Indian journal of veterinary science and animal husbandry - Volume 13,
Year: 1943
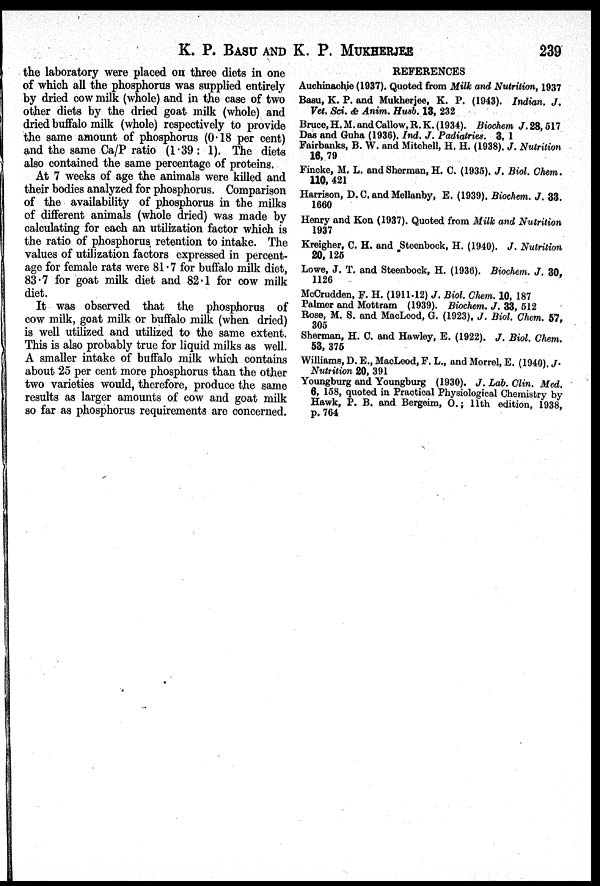
K. P. BASU AND K. P.
MUKHERJEE
239
the laboratory were placed on three diets in one
of which all the phosphorus was supplied entirely
by dried cow milk (whole) and in the case of two
other diets by the dried goat milk (whole) and
dried buffalo milk (whole) respectively to provide
the same amount of phosphorus (0.18 per cent)
and the same Ca/P ratio (1.39 : 1). The diets
also contained the same percentage of proteins.
At 7 weeks of age the animals were killed and
their bodies analyzed for phosphorus. Comparison
of the availability of phosphorus in the milks
of different animals (whole dried) was made by
calculating for each an utilization factor which is
the ratio of phosphorus retention to intake. The
values of utilization factors expressed in percent-
age for female rats were 81.7 for buffalo milk diet,
83.7 for goat milk diet and 82.1 for cow milk
diet.
It was observed that the phosphorus of
cow milk, goat milk or buffalo milk (when dried)
is well utilized and utilized to the same extent.
This is also probably true for liquid milks as well.
A smaller intake of buffalo milk which contains
about 25 per cent more phosphorus than the other
two varieties would, therefore, produce the same
results as larger amounts of cow and goat milk
so far as phosphorus requirements are concerned.
REFERENCES
Auchinachie (1937). Quoted from Milk and Nutrition, 1937
Basu, K. P. and Mukherjee, K. P. (1943). Indian. J.
Vet. Sci. & Anim. Husb. 13, 232
Bruce,H.M.and Callow, R. K.(1934). Biochem J.28, 517
Das and Guha (1936). Ind. J. Padiatries. 3, 1
Fairbanks, B. W. and Mitchell, H. H. (1938). J. Nutrition
16, 79
Fincke, M. L. and Sherman, H. C. (1935). J. Biol. Chem.
110, 421
Harrison, D. C. and Mellanby, E. (1939). Biochem. J. 33.
1660
Henry and Kon (1937). Quoted from Milk and Nutrition
1937
Kreigher, C. H. and Steenbock, H. (1940). J. Nutrition
20, 125
Lowe, J. T. and Steenbock, H. (1936). Biochem. J. 30,
1126
McCrudden, F. H. (1911-12) J. Biol. Chem. 10, 187
Palmer and Mottram (1939). Biochem. J. 33, 512
Rose, M. S. and MacLeod, G. (1923). J. Biol. Chem. 57,
305
Sherman, H. C. and Hawley, E. (1922). J. Biol. Chem.
53, 375
Williams, D. E., MacLeod, F. L., and Morrel, E. (1940). J.
Nutrition 20, 391
Youngburg and Youngburg (1930). J. Lab. Clin. Med.
6, 158, quoted in Practical Physiological Chemistry by
Hawk, P. B. and Bergeim, O.; 11th edition, 1938,
p. 764